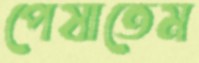
পেষাতেম